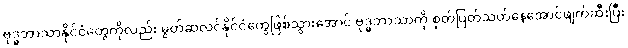
ဗုဒ္ဓဘာသာနိုင်ငံတွေကိုလည်း မွတ်ဆလင်နိုင်ငံတွေဖြစ်သွားအောင် ဗုဒ္ဓဘာသာကို စုတ်ပြတ်သတ်နေအောင်ဖျက်ဆီးပြီး